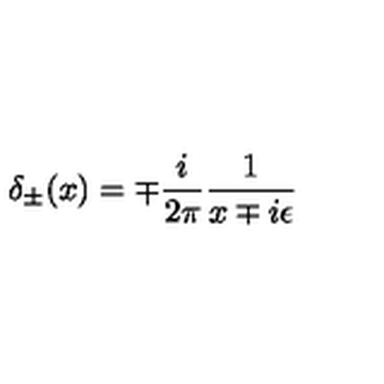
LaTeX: \delta _ { \pm } ( x ) = \mp { \frac { i } { 2 \pi } } { \frac { 1 } { x \mp i \epsilon } }